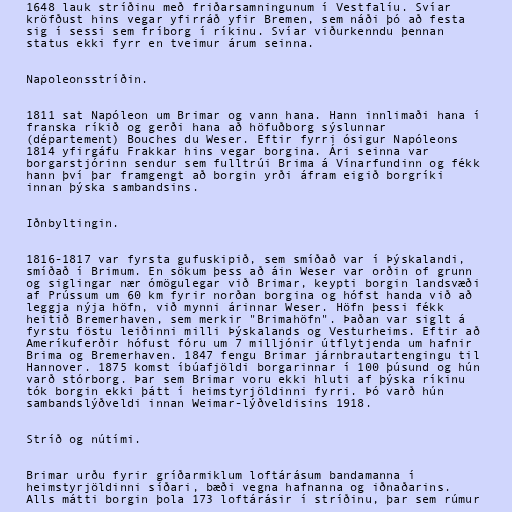
1648 lauk stríðinu með friðarsamningunum í Vestfalíu. Svíar
kröfðust hins vegar yfirráð yfir Bremen, sem náði þó að festa
sig í sessi sem fríborg í ríkinu. Svíar viðurkenndu þennan
status ekki fyrr en tveimur árum seinna.

Napoleonsstríðin.

1811 sat Napóleon um Brimar og vann hana. Hann innlimaði hana í
franska ríkið og gerði hana að höfuðborg sýslunnar
(département) Bouches du Weser. Eftir fyrri ósigur Napóleons
1814 yfirgáfu Frakkar hins vegar borgina. Ári seinna var
borgarstjórinn sendur sem fulltrúi Brima á Vínarfundinn og fékk
hann því þar framgengt að borgin yrði áfram eigið borgríki
innan þýska sambandsins.

Iðnbyltingin.

1816-1817 var fyrsta gufuskipið, sem smíðað var í Þýskalandi,
smíðað í Brimum. En sökum þess að áin Weser var orðin of grunn
og siglingar nær ómögulegar við Brimar, keypti borgin landsvæði
af Prússum um 60 km fyrir norðan borgina og hófst handa við að
leggja nýja höfn, við mynni árinnar Weser. Höfn þessi fékk
heitið Bremerhaven, sem merkir "Brimahöfn". Þaðan var siglt á
fyrstu föstu leiðinni milli Þýskalands og Vesturheims. Eftir að
Ameríkuferðir hófust fóru um 7 milljónir útflytjenda um hafnir
Brima og Bremerhaven. 1847 fengu Brimar járnbrautartengingu til
Hannover. 1875 komst íbúafjöldi borgarinnar í 100 þúsund og hún
varð stórborg. Þar sem Brimar voru ekki hluti af þýska ríkinu
tók borgin ekki þátt í heimstyrjöldinni fyrri. Þó varð hún
sambandslýðveldi innan Weimar-lýðveldisins 1918.

Stríð og nútími.

Brimar urðu fyrir gríðarmiklum loftárásum bandamanna í
heimstyrjöldinni síðari, bæði vegna hafnanna og iðnaðarins.
Alls mátti borgin þola 173 loftárásir í stríðinu, þar sem rúmur